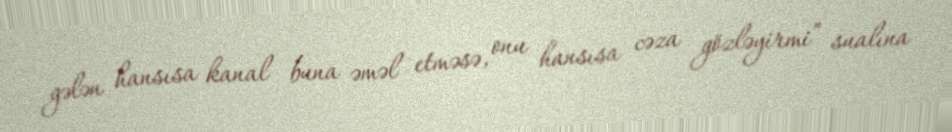
gələn hansısa kanal buna əməl etməsə, onu hansısa cəza gözləyirmi” sualına